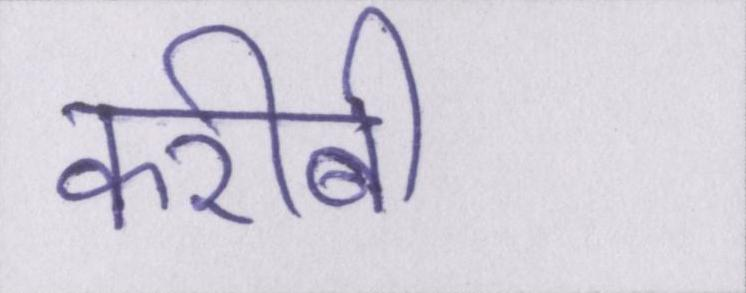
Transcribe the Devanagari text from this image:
करीबी